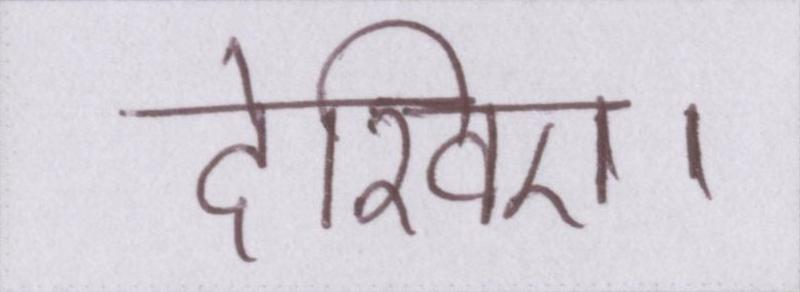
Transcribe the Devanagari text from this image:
देखिए।